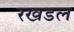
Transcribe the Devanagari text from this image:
रखडल